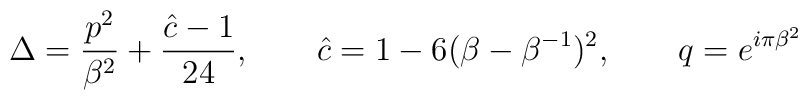
\Delta={p^2\over \beta^2}+{\hat{c}-1\over 24},\qquad \hat{c}=1-6(\beta-\beta^{-1})^2,\qquad q=e^{i\pi \beta^2}